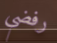
رفضي